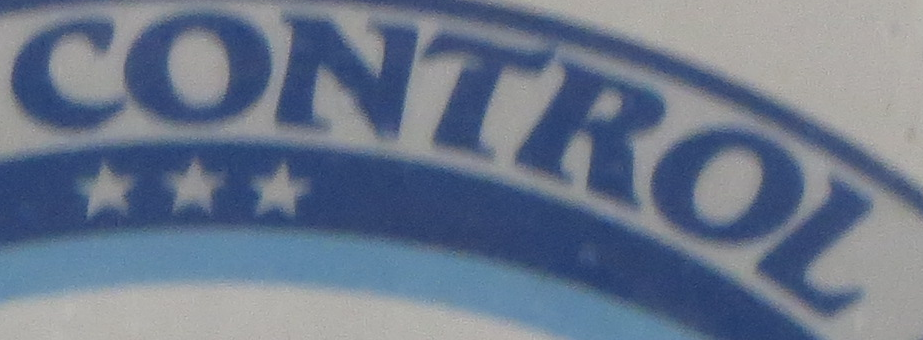
CONTROL